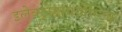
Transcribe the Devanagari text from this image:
इलेक्ट्रोडायग्नोस्टिक